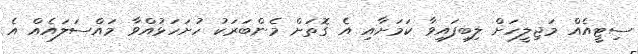
ސިޓީއެއް މަޖިލީހަށް ލިބިފައިވާ ކަމަށާއި އެ ގޮތަށް މެންބަރަކު ހުށަހަޅުއްވާ މައްސަލައެއް އެ